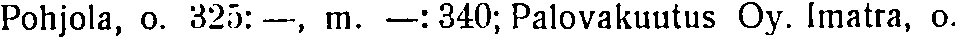
Pohjola, o. 325: —, m. —: 340; Palovakuutus Oy. lmatra, o.